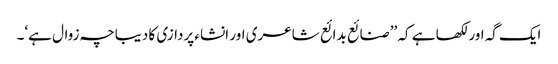
ایک گہ اور لکھا ہے کہ ’’صنائع بدائع شاعری اور انشاء پردازی کا دیباچہ زوال ہے‘۔